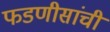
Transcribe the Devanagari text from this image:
फडणीसांची